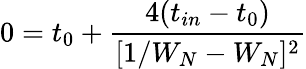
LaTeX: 0=t_{0}+\frac{4(t_{in}-t_{0})}{[1/W_{N}-W_{N}]^{2}}